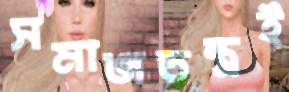
সমাজতন্ত্রই